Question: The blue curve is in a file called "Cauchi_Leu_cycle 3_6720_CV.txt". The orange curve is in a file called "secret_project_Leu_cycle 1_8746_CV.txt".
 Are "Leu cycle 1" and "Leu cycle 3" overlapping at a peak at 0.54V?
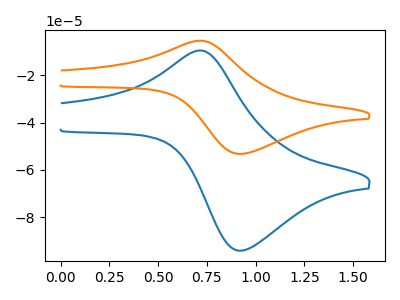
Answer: <think>The blue curve "Leu cycle 3" has an anodic peak at (0.70V, -9.60uA) and a cathodic peak at (0.95V, -94.05uA). The orange curve "Leu cycle 1" has an anodic peak at (0.70V, -5.40uA) and a cathodic peak at (0.95V, -53.20uA).</think>
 <answer>No, "Leu cycle 1" and "Leu cycle 3" dont share a peak at 0.54V.</answer>
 <eval>mismatch</eval>